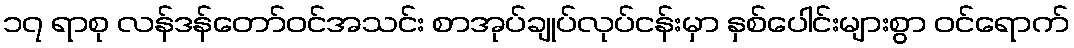
၁၇ ရာစု လန်ဒန်တော်ဝင်အသင်း စာအုပ်ချုပ်လုပ်ငန်းမှာ နှစ်ပေါင်းများစွာ ဝင်ရောက်